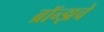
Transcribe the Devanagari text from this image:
ब्राॅन्झचे